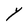
Character: Y